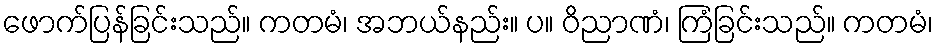
ဖောက်ပြန်ခြင်းသည်။ ကတမံ၊ အဘယ်နည်း။ ပ။ ဝိညာဏံ၊ ကြံခြင်းသည်။ ကတမံ၊